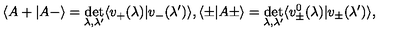
\langle A + | A - \rangle = \det _ { \lambda , \lambda ^ { \prime } } \langle v _ { + } ( \lambda ) | v _ { - } ( \lambda ^ { \prime } ) \rangle , \langle \pm | A \pm \rangle = \det _ { \lambda , \lambda ^ { \prime } } \langle v _ { \pm } ^ { 0 } ( \lambda ) | v _ { \pm } ( \lambda ^ { \prime } ) \rangle ,